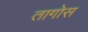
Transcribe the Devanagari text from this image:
तागोस